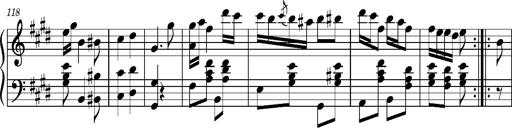
Title: Ungarischer Romanzero
Composer: Franz Liszt